Document type: Sale
Year: 1275
Scribe: Salvador de Baiona
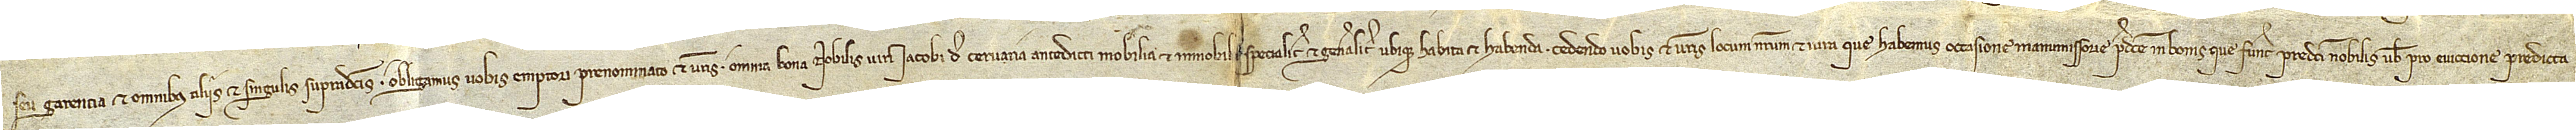
seu garentia et omnibus aliis et singulis supradictis obligamus vobis emptori prenominato et vestris omnia bona nobilis viri Iacobi de Cervaria antedicti, mobilia et immobilia, specialiter et generaliter, ubique habita et habenda, cedendo vobis et vestris locum nostrum et iura que habemus occasione manumissorie predicte in bonis que fuerunt predicti nobilis vobis pro eviccione predicta